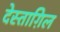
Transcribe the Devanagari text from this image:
देस्ताग़िल